Leaving Certificate Examination, 1916
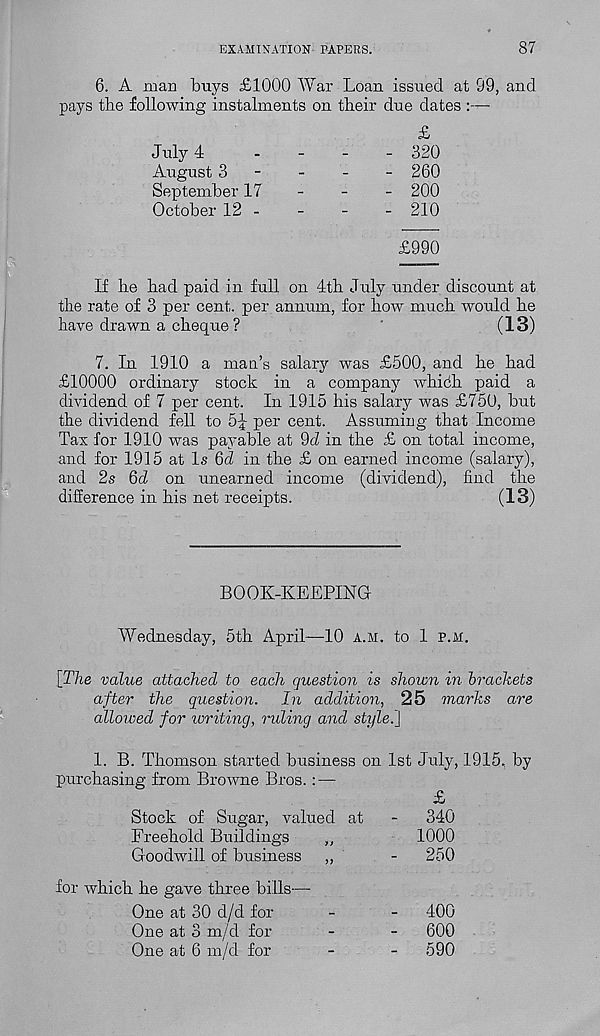
EXAMINATION PAPERS.
87
6. A man buys £1000 War Loan issued at 99, and
pays tbe following instalments on their due dates :—
July 4
August 3
September 17
October 12 -
£
320
260
200
210
£990
If he had paid in full on 4th July under discount at
the rate of 3 per cent, per annum, for how much would he
have drawn a cheque ?
(13)
7. In 1910 a man’s salary was £500, and he had
£10000 ordinary stock in a company whidh paid a
dividend of 7 per cent. In 1915 his salary was £750, but
the dividend fell to 5^ per cent. Assuming that Income
Tax for 1910 was payable at 9d in the £ on total income,
and for 1915 at Is 6d in the £ on earned income (salary),
and 2s 6d on unearned income (dividend), find the
difference in his net receipts.
(13)
BOOK-KEEPING
Wednesday, 5th April—10 a.m. to 1 p.m.
[The value attached to each question is shown in brackets
after the question. In addition, 25 marks are
allowed for writing, ruling and style.'}
1. B. Thomson started business on 1st July, 1915, by
purchasing from Browne Bros.: —
£
Stock of Sugar, valued at
-
340
Freehold Buildings
,,
1000
Goodwill of business
,,
-
250
for which he gave three bills—
One at 30 d/d for
-
-
400
One at 3 m/d for
-
-
600
One at 6 m/d for
-
-
590